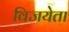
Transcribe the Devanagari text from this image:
विजयेता